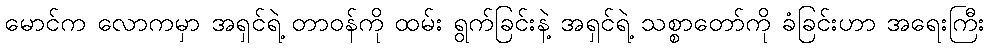
မောင်က လောကမှာ အရှင်ရဲ့ တာဝန်ကို ထမ်း ရွက်ခြင်းနဲ့ အရှင်ရဲ့ သစ္စာတော်ကို ခံခြင်းဟာ အရေးကြီး